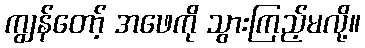
ကျွန်တော့် အဖေကို သွားကြည့်မလို့။